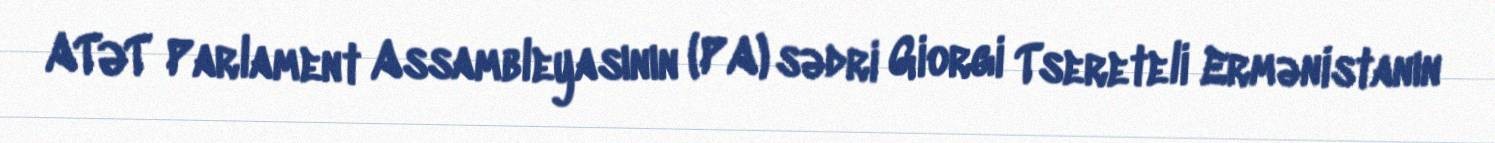
ATƏT Parlament Assambleyasının (PA) sədri Giorgi Tsereteli Ermənistanın